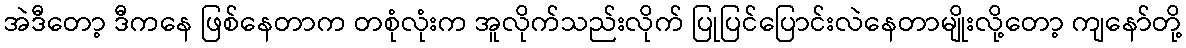
အဲဒီတော့ ဒီကနေ ဖြစ်နေတာက တစုံလုံးက အူလိုက်သည်းလိုက် ပြုပြင်ပြောင်းလဲနေတာမျိုးလို့တော့ ကျနော်တို့